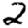
Digit: 2